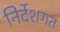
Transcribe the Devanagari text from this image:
निर्देशगत